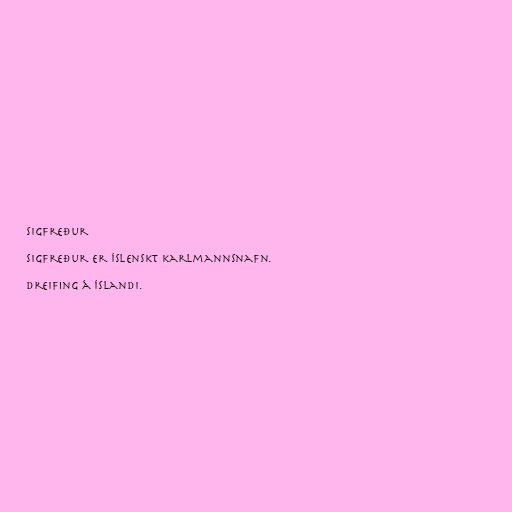
Sigfreður

Sigfreður er íslenskt karlmannsnafn.

Dreifing á Íslandi.